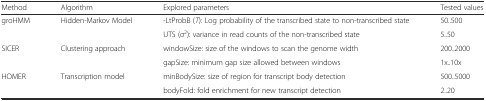
<table><thead><tr><td><b>Method</b></td><td><b>Algorithm</b></td><td><b>Explored parameters</b></td><td><b>Tested values</b></td></tr></thead><tbody><tr><td rowspan="2">groHMM</td><td rowspan="2">Hidden-Markov Model</td><td>-LtProbB (<i>T</i>): Log probability of the transcribed state to non-transcribed state</td><td>50..500</td></tr><tr><td>UTS (σ<sup>2</sup>): variance in read counts of the non-transcribed state</td><td>5..50</td></tr><tr><td rowspan="2">SICER</td><td rowspan="2">Clustering approach</td><td>windowSize: size of the windows to scan the genome width</td><td>200..2000</td></tr><tr><td>gapSize: minimum gap size allowed between windows</td><td>1x..10x</td></tr><tr><td rowspan="2">HOMER</td><td rowspan="2">Transcription model</td><td>minBodySize: size of region for transcript body detection</td><td>500..5000</td></tr><tr><td>bodyFold: fold enrichment for new transcript detection</td><td>2..20</td></tr></tbody></table>